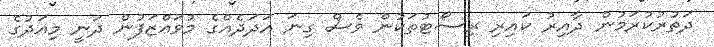
ދަތުރުކުރަމުން ދާއިރު ކައިރި ރިސޯޓުތަކުން ވެސް ގިނަ އަދަދެއްގެ މުވައްޒަފުން ދަނީ މިއަދުގެ